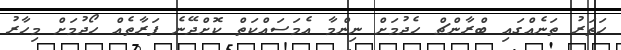
ހަތަރު ތަނެއްގައި ބްރާންޗް ހެދުމަށް ނިންމާ އެމަސައްކަތް ކޮށްދޭނެ ފަރާތެއް ހޯދުމަށް މިހާރު